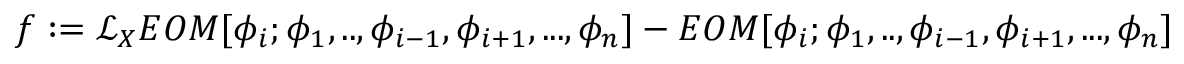
f : = \mathcal { L } _ { X } E O M [ \phi _ { i } ; \phi _ { 1 } , . . , \phi _ { i - 1 } , \phi _ { i + 1 } , . . . , \phi _ { n } ] - E O M [ \phi _ { i } ; \phi _ { 1 } , . . , \phi _ { i - 1 } , \phi _ { i + 1 } , . . . , \phi _ { n } ]